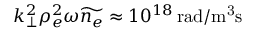
k _ { \perp } ^ { 2 } \rho _ { e } ^ { 2 } \omega \widetilde { n _ { e } } \approx 1 0 ^ { 1 8 } \, \mathrm { r a d / m ^ { 3 } s }